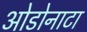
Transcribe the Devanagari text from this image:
ओडोनाटा